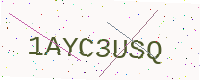
Text: 1AYC3USQ